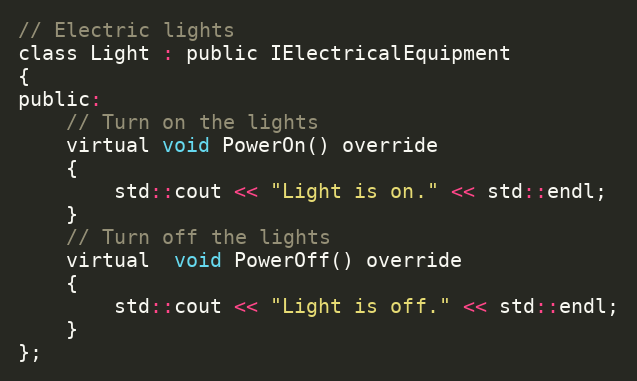
Language: C
// Electric lights
class Light : public IElectricalEquipment
{
public:
    // Turn on the lights
    virtual void PowerOn() override
    {
        std::cout << "Light is on." << std::endl;
    }
    // Turn off the lights
    virtual  void PowerOff() override
    {
        std::cout << "Light is off." << std::endl;
    }
};